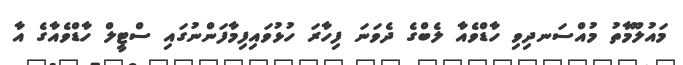
މައުލޫމާތު މުއްސަނދިވި ހާޑްވެއާ ލެބްގެ ދެވަނަ ފިހާރަ ހުޅުވައިފިމާފަންނުގައި ސްޓީލް ހާޑްވެއާގެ އާ